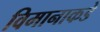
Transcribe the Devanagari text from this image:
विमानाकडे